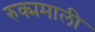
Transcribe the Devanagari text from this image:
रुक्ममाली